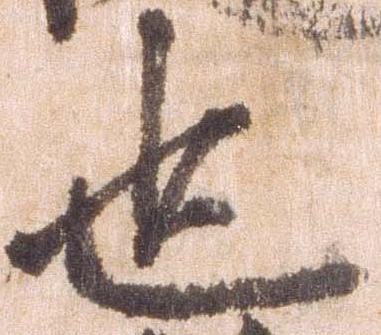
也